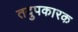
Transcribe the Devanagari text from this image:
तदुपकारक